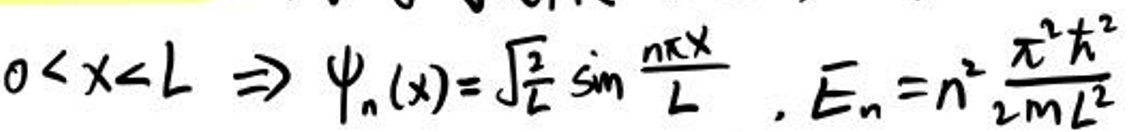
\[0 < x < L \Rightarrow \psi_n(x) = \sqrt{\frac{2}{L}}\sin\frac{n\pi x}{L}, \quad E_n = n^2\frac{\pi^2\hbar^2}{2mL^2}\]